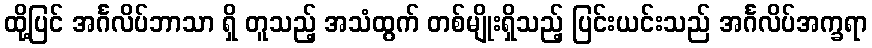
ထို့ပြင် အင်္ဂလိပ်ဘာသာ ရှိ တူသည့် အသံထွက် တစ်မျိုးရှိသည့် ပြင်းယင်းသည် အင်္ဂလိပ်အက္ခရာ